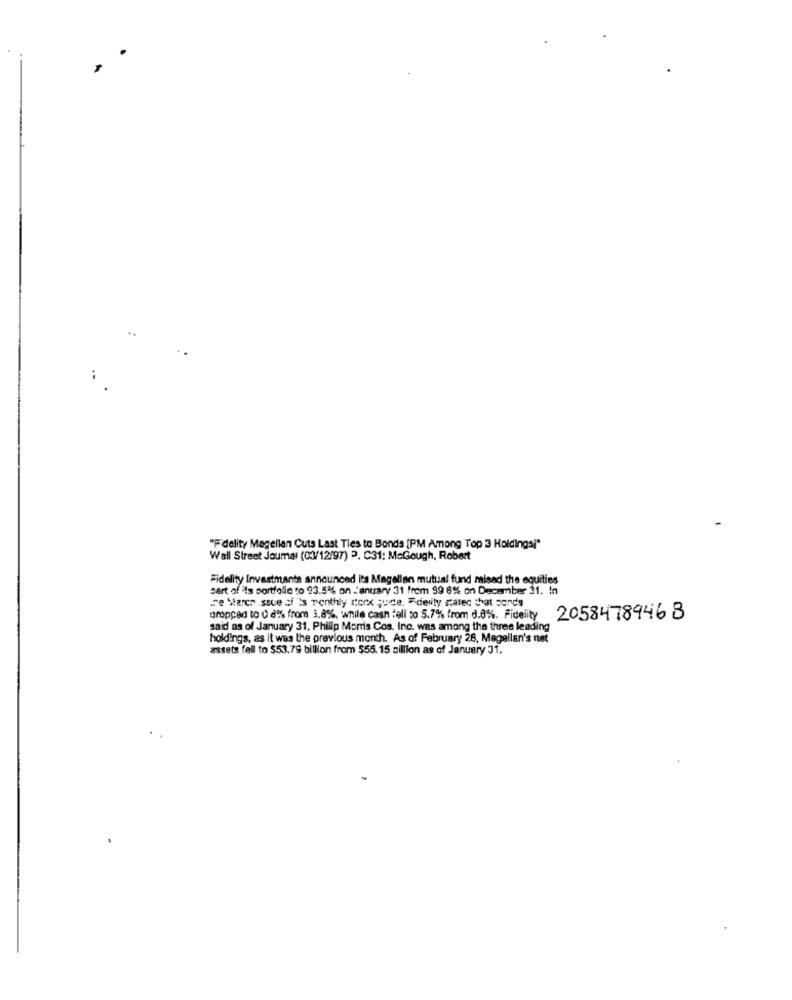
"Fidelity Magellan Cuts Last Ties to Bonds [PM Among Top 3 Holdingsi"
Wall Street Journal (03/12/97) P. C31: McGough, Robert
Fidelity Investments announced its Magellan mutual fund raised the equities
sert of its portfolio to 93.5% on January 31 from 99 8% on December 31. In
De Varer ssue si 's monthly zonx quite. "delly stated that sonda
dropped to 0 8% from 3.8%, while cash tell so 5.7% from d.0%. Fidelity
2058478446 8
said as of January 31. Philip Morris Cos. Inc. was among the three leading
holdings, as it was the previous month. As of February 28, Magellan's net
assets fell to $53.79 billion from 555. 15 alllion as of January 31.